Report of the King Institute of Preventive Medicine, Guindy
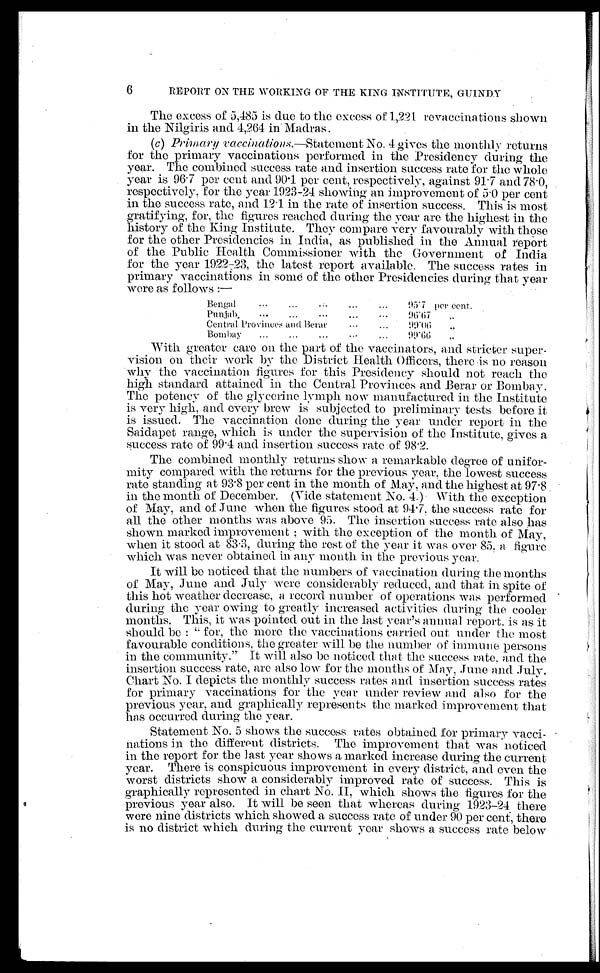
6
REPORT ON THE WORKING OF THE KING INSTITUTE, GUINDY
The excess of 5,485 is due to the excess of 1,221 revaccinations shown
in the Nilgiris and 4,264 in Madras.
(c) Primary vaccinations.— Statement No. 4 gives the monthly returns
for the primary vaccinations performed in the Presidency during the
year. The combined success rate and insertion success rate for the whole
year is 96.7 per cent and 90.1 per cent, respectively, against 91.7 and 78.0,
respectively, for the year 1923-24 showing an improvement of 5.0 per cent
in the success rate, and 12.1 in the rate of insertion success. This is most
gratifying, for, the figures reached during the year are the highest in the
history of the King Institute. They compare very favourably with those
for the other Presidencies in India, as published in the Annual report
of the Public Health Commissioner with the Government of India
for the year 1922-23, the latest report available. The success rates in
primary vaccinations in some of the other Presidencies during that year
were as follows :—
Bengal
95.7 per cent.
Punjab
96.67
"
Central Provinces and Berar
99.06 "
Bombay
99.66 "
With greater care on the part of the vaccinators, and stricter super
-vision on their work by the District Health Officers, there is no reason
why the vaccination figures for this Presidency should not reach the
high standard attained in the Central Provinces and Berar or Bombay.
The potency of the glycerine lymph now manufactured in the Institute
is very high, and every brew is subjected to preliminary tests before it
is issued. The vaccination done during the year under report in the
Saidapet range, which is under the supervision of the Institute, gives a
success rate of 99.4 and insertion success rate of 98.2.
The combined monthly returns show a remarkable degree of unifor
-mity compared with the returns for the previous year, the lowest success
rate standing at 93.8 per cent in the month of May, and the highest at 97.8
in the month of December. (Vide statement No. 4.) With the exception
of May, and of June when the figures stood at 94.7, the success rate for
all the other months was above 95. The insertion success rate also has
shown marked improvement ; with the exception of the month of May,
when it stood at 83.3, during the rest of the year it was over 85. a figure
which was never
obtained in any month in the previous year.
It will be noticed that the numbers of vaccination during the months
of May, June and July were considerably reduced, and that in spite of
this hot weather decrease, a record number of operations was performed
during the year owing to greatly increased activities during the cooler
months. This, it was pointed out in the last year's annual report. is as it
should be :" for, the more the vaccinations carried out under the most
favourable conditions, the greater will be the number of immune persons
in the community." It will also be noticed that the success rate, and the
insertion success rate, are also low for the months of May, June and July.
Chart No. I depicts the monthly success rates and insertion success rates
for primary vaccinations for the year under review and also for the
previous year, and graphically represents the marked improvement that
has occurred during the year.
Statement No. 5 shows the success rates obtained for primary vacci
-nations in the different districts. The improvement that was noticed
in the report for the last year shows a marked increase during the current
year. There is conspicuous improvement in every district, and even the
worst districts show a considerably improved rate of success. This is
graphically represented in chart No. II, which shows the figures for the
previous year also. It will be seen that whereas during 1923–24 there
were nine districts which showed a success rate of under 90 per cent, there
is no district which during the current year shows a success rate below